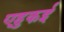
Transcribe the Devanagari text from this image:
एहुकई